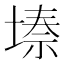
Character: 𭏌